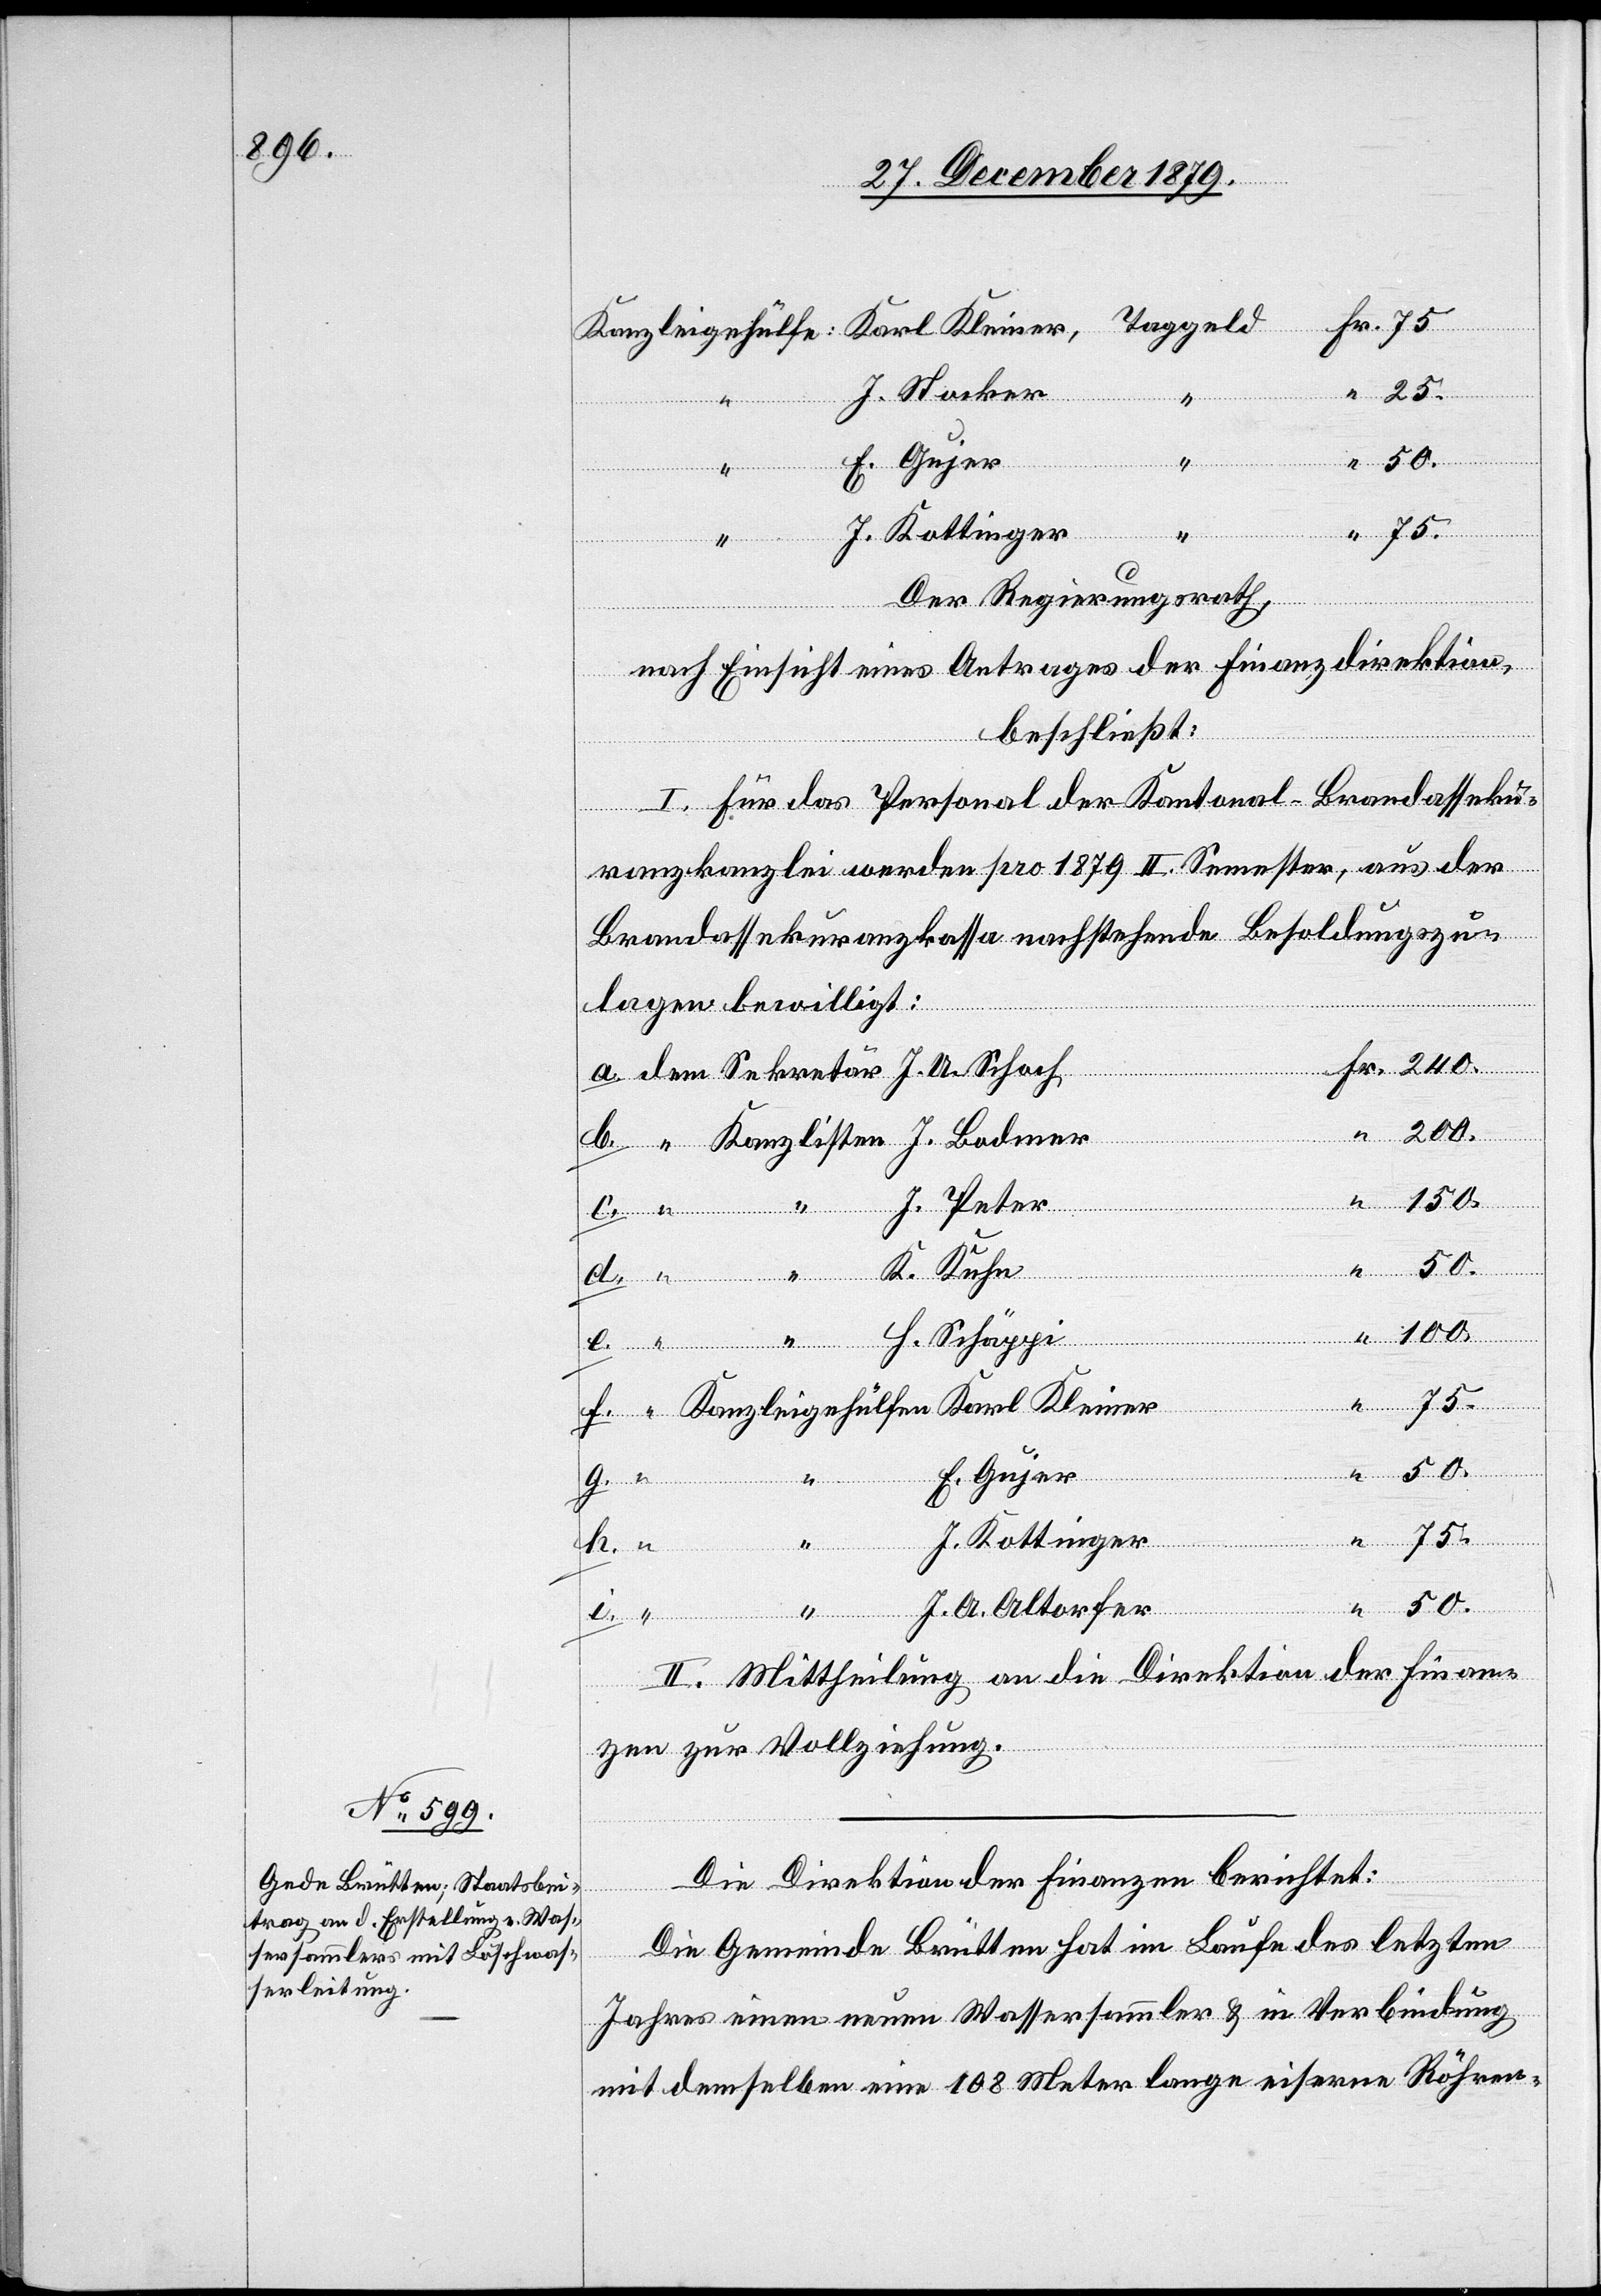
25.
J. Stocker
Der Regierungsrath,
nach Einsicht eines Antrages der Finanzdirektion,
beschließt:
I. Für das Personal der Kantonal-Brandasseku¬
ranzkanzlei werden pro 1879 II. Semester, aus der
Brandassekuranzkassa nachstehende Besoldungszu¬
lagen bewilligt:
50.
J. Peter
Kuhn
J. Schäppi
J. Bodmer
Kleiner
E. Gujer
J. Hottinger
J. U.
h.
J. A. Altorfer
II. Mittheilung an die Direktion der Finan¬
zen zur Vollziehung.
Die Direktion der Finanzen berichtet:
Die Gemeinde Brütten hat im Laufe des letzten
Jahres einen neuen Wassersammler & in Verbindung
mit demselben eine 108 Meter lange eiserne Röhren-